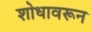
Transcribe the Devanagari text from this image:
शोधावरून